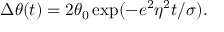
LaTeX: \Delta \theta ( t ) = 2 \theta _ { 0 } \exp ( - e ^ { 2 } \eta ^ { 2 } t / \sigma ) .